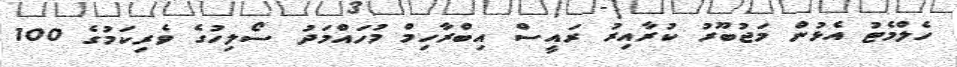
ހެލްމެޓު އެޅުން މަޖުބޫރު ކުރާއިރު ރައީސް އިބްރާހިމް މުހައްމަދު ސޯލިހުގެ ވެރިކަމުގެ 100